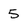
Character: 5